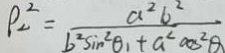
\rho _ { 2 } ^ { 2 } = \frac { a ^ { 2 } b ^ { 2 } } { b ^ { 2 } \sin ^ { 2 } \theta _ { 1 } + a ^ { 2 } \cos ^ { 2 } \theta }